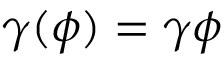
\gamma ( \phi ) = \gamma \phi